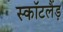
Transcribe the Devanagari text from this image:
स्कॉटलैंड़